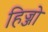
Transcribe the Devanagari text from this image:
हिज्जो